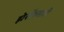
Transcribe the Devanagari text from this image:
झेरॉक्सची